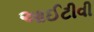
આઈટીવી